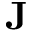
\mathbf { J }